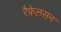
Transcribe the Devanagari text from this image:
रैफ़ेलसन